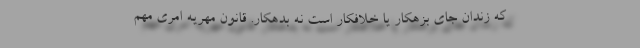
که زندان جای بزهکار یا خلافکار است نه بدهکار. قانون مهریه امری مهم